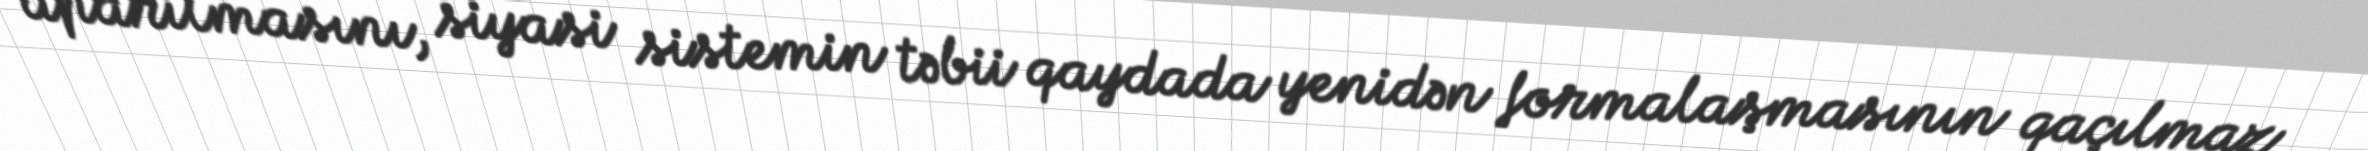
aparılmasını, siyasi sistemin təbii qaydada yenidən formalaşmasının qaçılmaz